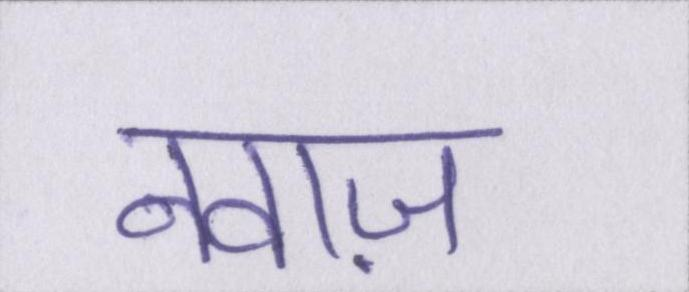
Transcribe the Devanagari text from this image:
नवाज़